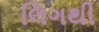
લિગથી